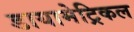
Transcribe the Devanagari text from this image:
डायामेट्रिकल